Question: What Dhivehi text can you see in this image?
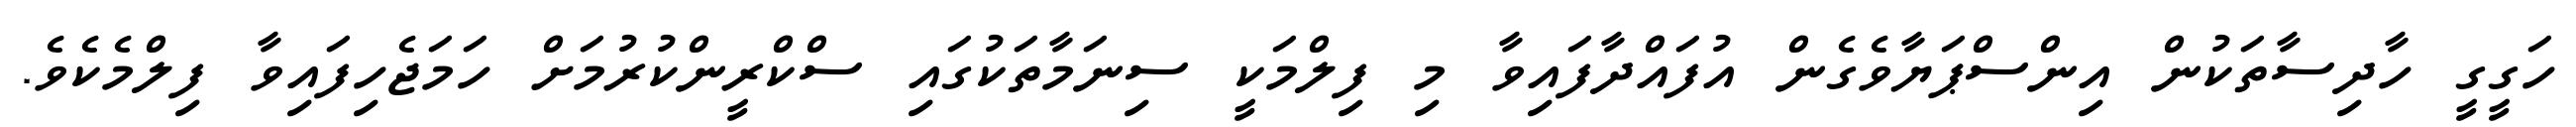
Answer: ހަގީގީ ހާދިސާތަކުން އިންސްޕަޔާވެގެން އުފައްދާފައިވާ މި ފިލްމަކީ ސިނަމާތަކުގައި ސްކްރީންކުރުމަށް ހަމަޖެހިފައިވާ ފިލްމެކެވެ.